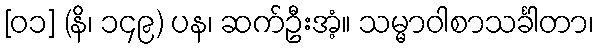
[၀၁] (နိ၊ ၁၄၉) ပန၊ ဆက်ဦးအံ့။ သမ္မာဝါစာသင်္ခါတာ၊